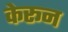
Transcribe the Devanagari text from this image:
केरून